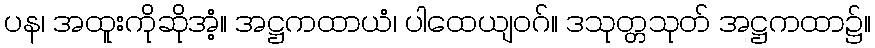
ပန၊ အထူးကိုဆိုအံ့။ အဋ္ဌကထာယံ၊ ပါထေယျဝဂ်။ ဒသုတ္တသုတ် အဋ္ဌကထာ၌။